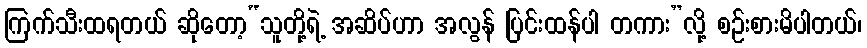
ကြက်သီးထရတယ် ဆိုတော့“သူတို့ရဲ့ အဆိပ်ဟာ အလွန် ပြင်းထန်ပါ တကား”လို့ စဉ်းစားမိပါတယ်၊